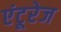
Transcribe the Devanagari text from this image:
एंटूरेज